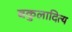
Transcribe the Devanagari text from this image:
बकुलादित्य